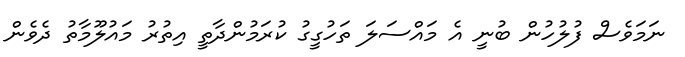
ނަމަވެސް ފުލުހުން ބުނީ އެ މައްސަލަ ތަހުގީގު ކުރަމުންދާތީ އިތުރު މައުލޫމާތު ދެވެން